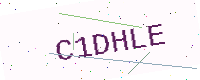
Text: C1DHLE